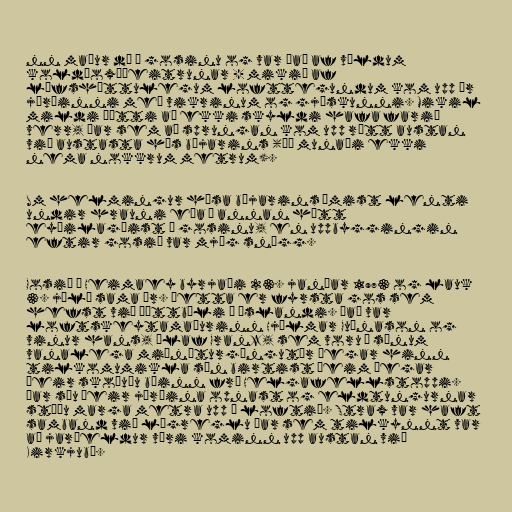
nn maður dó í gosinu og var það af völdum
koldíoxíðeitrunar - mikið af
lífshættulegum lofttegundum kom upp úr
jörðinni með vikrinum og gjóskunni. Mikil
mildi þótti að ekki skyldi hafa farið
verr, þar sem að sprungan kom upp rétt austan
við austasta hús bæjarins (þó munaði ekki
nema nokkrum metrum).

Um helmingur húsa bæjarins ýmist lenti
undir hrauni eða á annan hátt
eyðilagðist í gosinu, en uppbyggingin
eftir gosið var mjög snögg.

Gosið í Heimaey byrjaði 23. janúar 1973 og lauk
3. júlí sama ár. Þetta er fyrsta gos sem
hefst við þéttbýli á Íslandi. Það var
loftskeytamaðurinn Hjálmar Guðnason og
vinur hans, Ólaf Granz, sem voru í sínum
vanalega miðnæturgöngutúr þegar hinn
tilkomumikla sýn birtist þeim þegar
þeir skoðuðu bæinn frá Helgafellstoppi.
Þar sáu þeir jörðina opnast og eldtungurnar
stóðu marga metra upp í loftið. Strax var haft
samband við lögreglu þar sem tilkynnt var
að jarðeldur væri kominn upp austan við
Kirkjubæ.